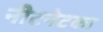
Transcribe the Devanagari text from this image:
नीटनेटका